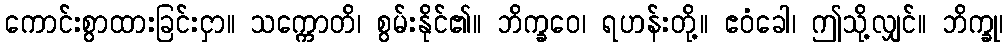
ကောင်းစွာထားခြင်းငှာ။ သက္ကောတိ၊ စွမ်းနိုင်၏။ ဘိက္ခဝေ၊ ရဟန်းတို့။ ဧဝံခေါ၊ ဤသို့လျှင်။ ဘိက္ခု၊